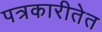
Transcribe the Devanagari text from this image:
पत्रकारीतेत